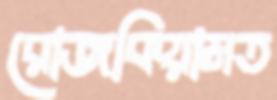
রোজকিয়ামত